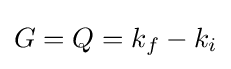
G=Q=k_{f}-k_{i}